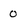
Character: 0